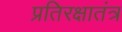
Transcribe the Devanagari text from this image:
प्रतिरक्षातंत्र